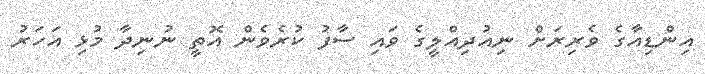
އިންޑިއާގެ ވެރިރަށް ނިއުދިއްލީގެ ވައި ސާފު ކުރެވެން އޮތީ ނުނިދާ މުޅި އަހަރު